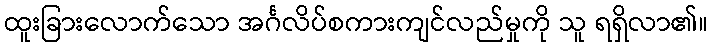
ထူးခြားလောက်သော အင်္ဂလိပ်စကားကျင်လည်မှုကို သူ ရရှိလာ၏။